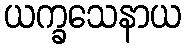
ယက္ခသေနာယ